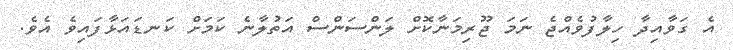
އެ ގަވާއިދާ ހިލާފުވެއްޖެ ނަމަ ޖޫރިމަނާކޮށް ލަންސަންސް އަތުލާނެ ކަމަށް ކަނޑައަޅާފައިވެ އެވެ.